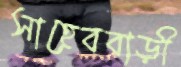
সাহেববাড়ী